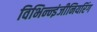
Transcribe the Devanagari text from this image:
विभिन्‍न्‍इंजीनियरिंग